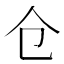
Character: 仓